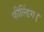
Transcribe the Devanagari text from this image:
फील्डिंग।